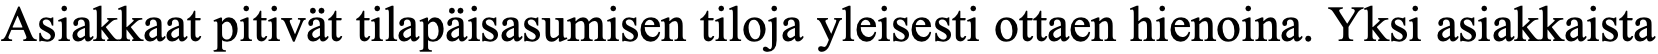
Asiakkaat pitivät tilapäisasumisen tiloja yleisesti ottaen hienoina. Yksi asiakkaista